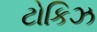
ટોકિઝ